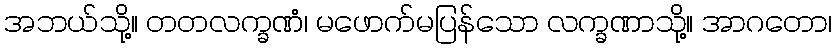
အဘယ်သို့။ တတလက္ခဏံ၊ မဖောက်မပြန်သော လက္ခဏာသို့။ အာဂတော၊